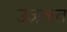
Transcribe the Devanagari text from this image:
उज़लत